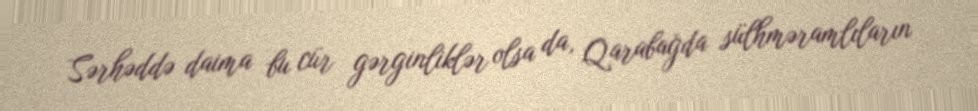
Sərhəddə daima bu cür gərginliklər olsa da, Qarabağda sülhməramlıların